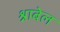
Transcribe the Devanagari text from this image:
श्नाबेल